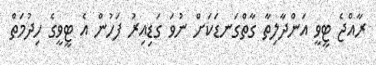
ރާއްޖެ ޓީވީ އަންދާލިތާ ގާތްގަނޑަކަށް ނުވަ ގަޑިއިރު ފަހުން އެ ޓީވީގެ ހިދުމަތް